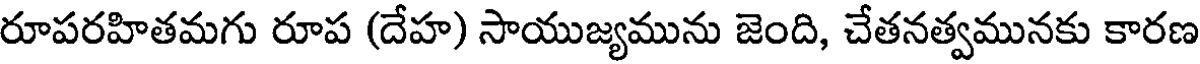
రూపరహితమగు రూప (దేహ) సాయుజ్యమును జెంది, చేతనత్వమునకు కారణ